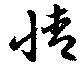
情